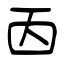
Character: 㐁